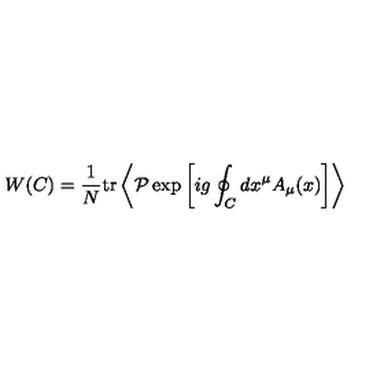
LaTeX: W ( C ) = { \frac { 1 } { N } } \mathrm { t r } \left\langle { \cal P } \exp \left[ i g \oint _ { C } d x ^ { \mu } A _ { \mu } ( x ) \right] \right\rangle